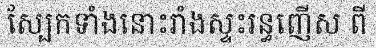
ស្បែកទាំងនោះរាំងស្ទះរន្ធញើស ពី